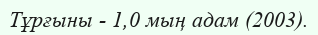
Тұрғыны - 1,0 мың адам (2003).